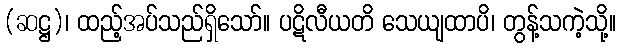
(ဆဋ္ဌ)၊ ထည့်အပ်သည်ရှိသော်။ ပဋိလီယတိ သေယျထာပိ၊ တွန့်သကဲ့သို့။